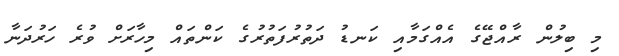
މި ބިލުން ރާއްޖޭގެ އެއްގަމާއި ކަނޑު ދަތުރުފަތުރުގެ ކަންތައް މިހާރަށް ވުރެ ހަރުދަނާ